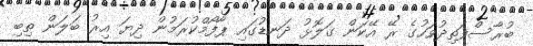
ބުރާސްފަތިދުވަހުގެ ރޭ އޭކަން ގަލޮޅު ދަނޑުގައި ޕާފޯމްކުރަމުން ދިޔަ އިރު ބަލަން ތިބި